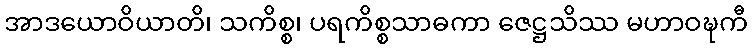
အာဒယောဝိယာတိ၊ သကိစ္စ၊ ပရကိစ္စသာဓကာ ဇေဋ္ဌသိဿ မဟာဝဍ္ဎကီ